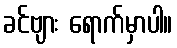
ခင်ဗျား ရောက်မှာပါ။